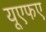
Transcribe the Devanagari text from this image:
यूएफए